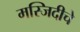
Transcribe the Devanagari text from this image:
मस्जिदीचे